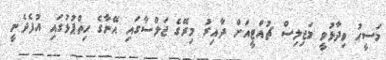
މަސީހު ވިދާޅުވީ މަޖިލިސް ޗުއްޓީއަށް ދާއިރު މިރޭގެ ޖަލްސާގައި އޭނާގެ ހިތްޕުޅުގައި އުފެދެނީ